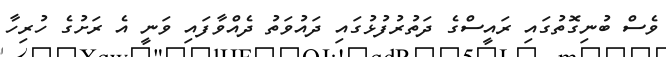
ވެސް ބުނިގޮތުގައި ރައީސްގެ ދަތުރުފުޅުގައި ދައުވަތު ދެއްވާފައި ވަނީ އެ ރަށުގެ ހުރިހާ